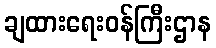
ချထားရေးဝန်ကြီးဌာန